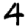
Digit: 4